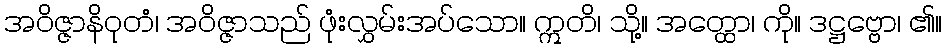
အဝိဇ္ဇာနိဝုတံ၊ အဝိဇ္ဇာသည် ဖုံးလွှမ်းအပ်သော။ ဣတိ၊ သို့။ အတ္ထော၊ ကို။ ဒဋ္ဌဗ္ဗော၊ ၏။